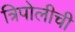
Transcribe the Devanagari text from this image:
त्रिपोलीची